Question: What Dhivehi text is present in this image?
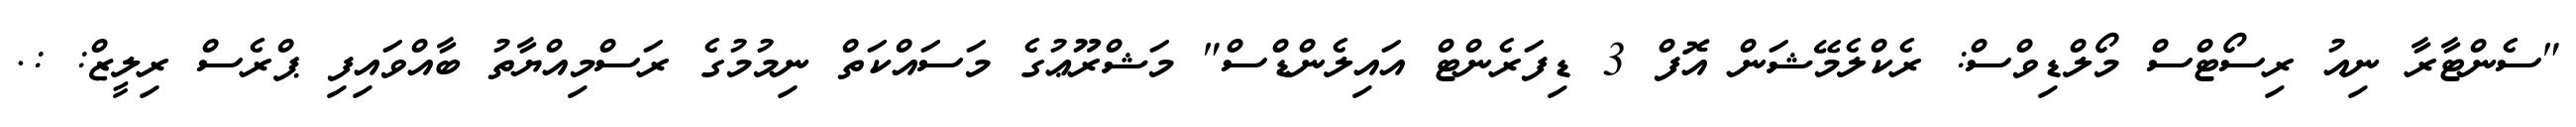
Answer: "ސެންޓާރާ ނިއު ރިސޯޓްސް މޯލްޑިވްސް: ރެކްލެމޭޝަން އޮފް 3 ޑިފަރެންޓް އައިލެންޑްސް" މަޝްރޫޢުގެ މަސައްކަތް ނިމުމުގެ ރަސްމިއްޔާތު ބާއްވައިފި ޕްރެސް ރިލީޒް: :.